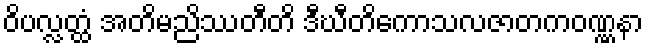
ဝိပလ္လတ္ထံ အတိမညိဿတီတိ ဒီဃီတိကောသလဇာတကဝဏ္ဏနာ